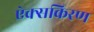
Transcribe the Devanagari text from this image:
ऐक्सकिरण